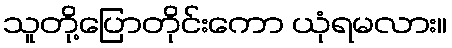
သူတို့ပြောတိုင်းကော ယုံရမလား။